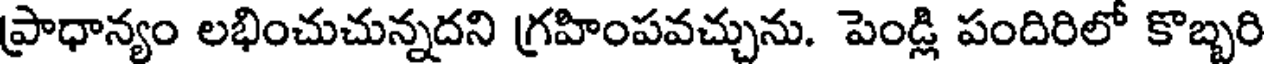
ప్రాధాన్యం లభించుచున్నదని గ్రహింపవచ్చును. పెండ్లి పందిరిలో కొబ్బరి